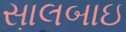
સાલબાઇ